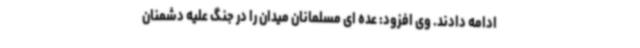
ادامه دادند. وی افزود: عده ای مسلمانان میدان را در جنگ علیه دشمنان